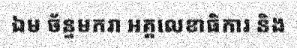
ឯម ច័ន្ទមករា អគ្គលេខាធិការ និង